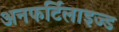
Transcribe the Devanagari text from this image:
अनफर्टिलाइज्ड